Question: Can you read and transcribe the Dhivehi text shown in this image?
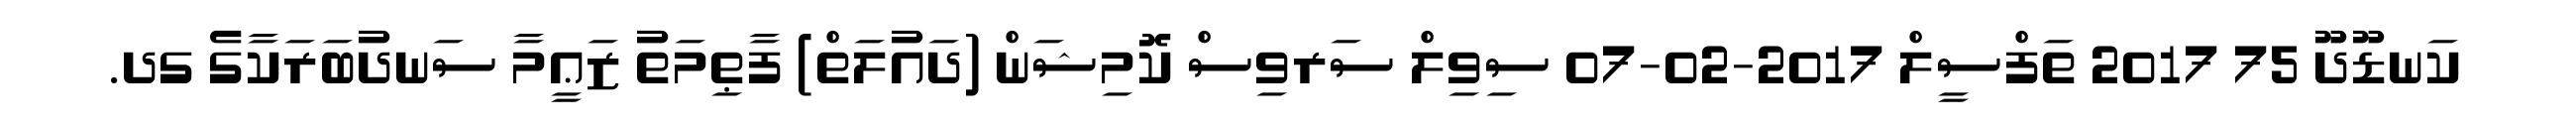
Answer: ކަނޑޫދޫ 75 2017 ތަފްސީލް 2017-02-07 ސިވިލް ސަރވިސް ކޮމިޝަން (ދައުލަތް) ފާޠިމަތު ޒަޢީމާ ސަނދުބަރަކާގެ ގދ.